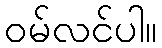
ဝမ်လင်ပါ။